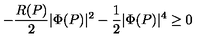
- \frac { R ( P ) } { 2 } | \Phi ( P ) | ^ { 2 } - \frac { 1 } { 2 } | \Phi ( P ) | ^ { 4 } \ge 0